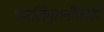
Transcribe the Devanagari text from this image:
अंजलिपुरानीलिपि